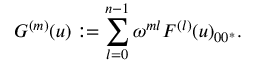
G ^ { ( m ) } ( u ) : = \sum _ { l = 0 } ^ { n - 1 } \omega ^ { m l } F ^ { ( l ) } ( u ) _ { 0 0 ^ { * } } .